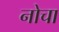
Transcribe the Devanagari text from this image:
नोचा